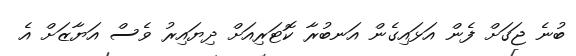
ބުނެ ޖަގަށް ފެން އަޅައިގެން އަނބުރާ ކޮޓަރިއަށް ދިޔައިރު ވެސް އަޔާޒަށް އެ